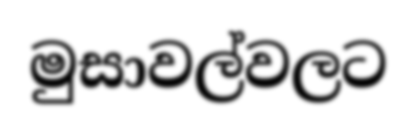
මුසාවල්වලට